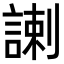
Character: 𧩲